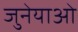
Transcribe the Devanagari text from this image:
जुनेयाओ